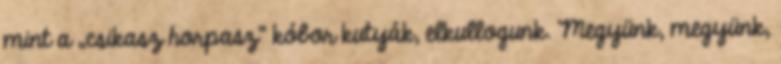
mint a „csikasz horpasz” kóbor kutyák, elkullogunk. Megyünk, megyünk,